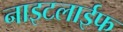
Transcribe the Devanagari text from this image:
नाइटलाईफ